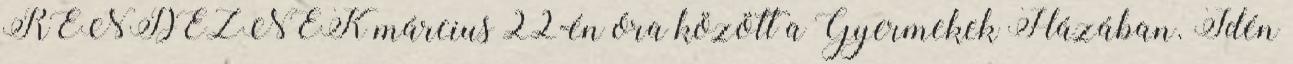
RENDEZNEK március 22-én óra között a Gyermekek Házában. Idén